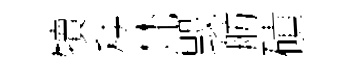
犢秧梵毁舫磧